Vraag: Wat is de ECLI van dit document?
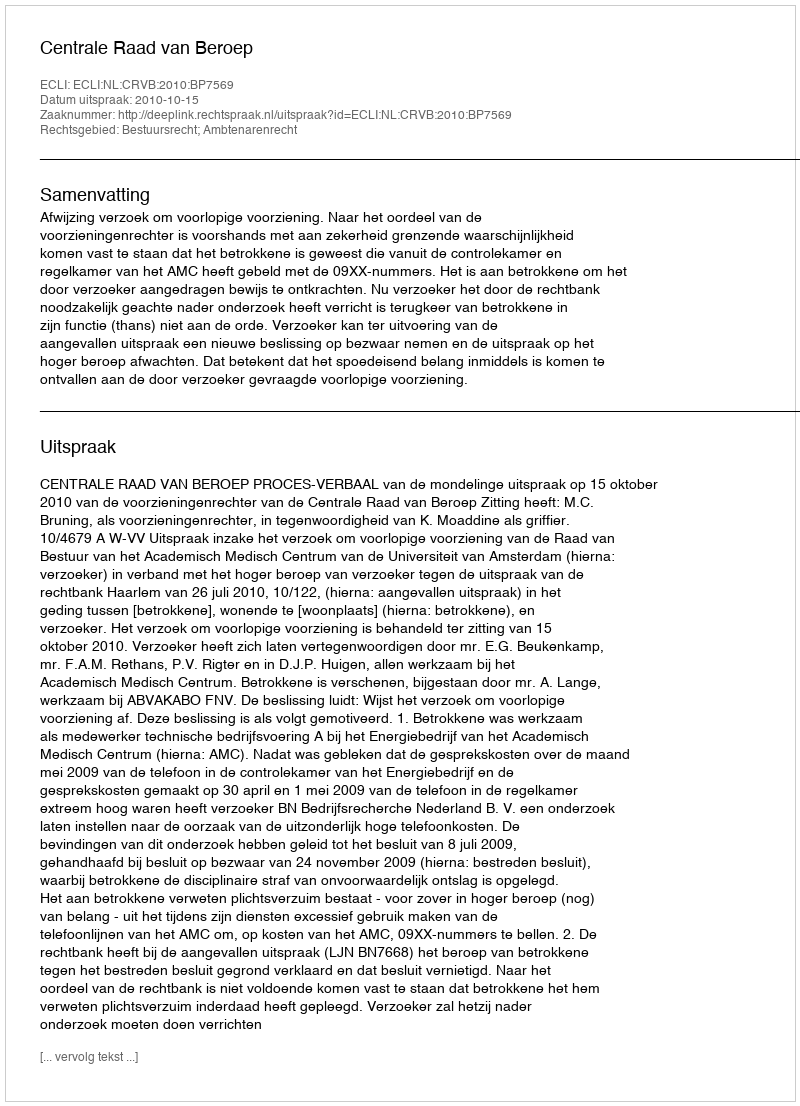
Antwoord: ECLI:NL:CRVB:2010:BP7569